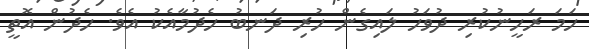
ހަމަ ރަހީނުކުރި ދުވަހު ލައިގެން ހުރި ދަނބު ހެދުމާއެކު އެވެ. ހެދުން އޮތީ